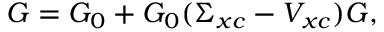
G = G _ { 0 } + G _ { 0 } ( \Sigma _ { x c } - V _ { x c } ) G ,